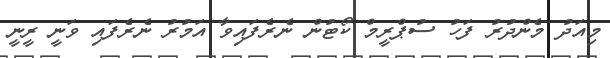
މިއަދު މެންދުރު ފަހު ސުޕްރީމް ކޯޓުން ނެރެފައިވާ އަމުރު ނެރެފައި ވަނީ ރީނީ